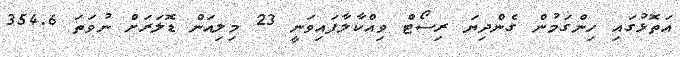
އަތޮޅުގައި ހިންގަމުން ގެންދިޔަ ރިސޯޓް ވިއްކާލާފައިވަނީ 23 މިލިއަން ޑޮލަރަށް ނުވަތަ 354.6